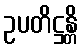
ဥပတိဋ္ဌန္တိ